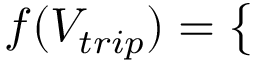
f ( V _ { t r i p } ) = \left\{ \begin{array} { l l } { \begin{array} { r l r } \end{array} } \end{array} \right.